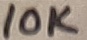
Text: 10K